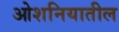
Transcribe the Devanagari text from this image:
ओशनियातील